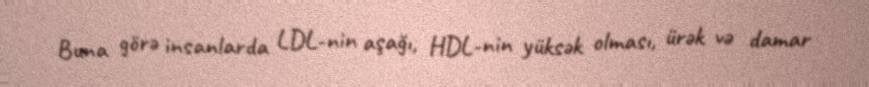
Buna görə insanlarda LDL-nin aşağı, HDL-nin yüksək olması, ürək və damar